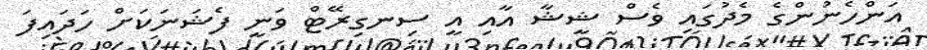
އަންހެނުންގެ މެދުގައި ވެސް ޝީޝާ އާއި އީ ސިނގިރޭޓް ވަނީ ފެޝަނަކަށް ހަދައިފަ